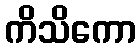
ကိသိကော